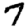
Digit: 7